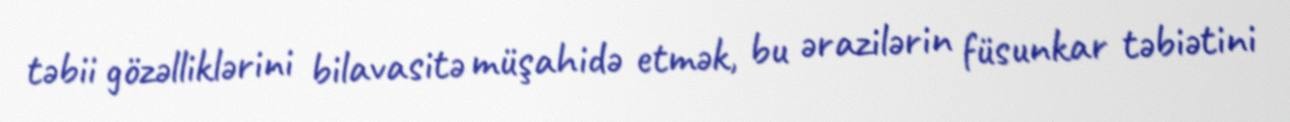
təbii gözəlliklərini bilavasitə müşahidə etmək, bu ərazilərin füsunkar təbiətini